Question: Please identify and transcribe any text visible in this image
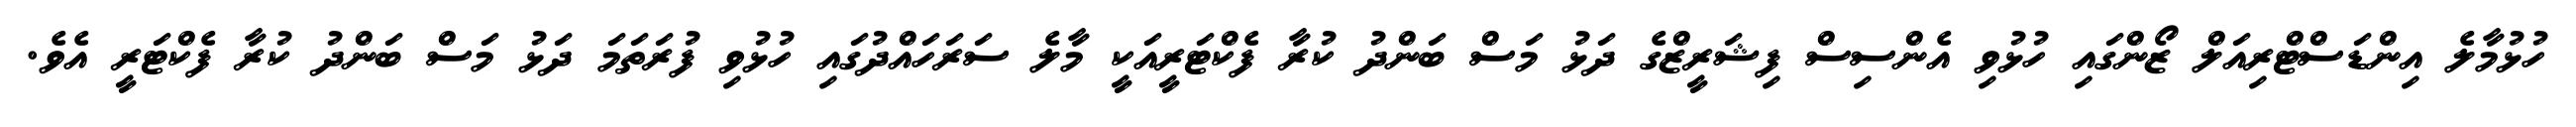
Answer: ހުޅުމާލެ އިންޑަސްޓްރިއަލް ޒޯންގައި ހުޅުވި އެންސިސް ފިޝަރީޒްގެ ދަޅު މަސް ބަންދު ކުރާ ފެކްޓަރީއަކީ މާލެ ސަރަހައްދުގައި ހުޅުވި ފުރަތަމަ ދަޅު މަސް ބަންދު ކުރާ ފެކްޓަރީ އެވެ.